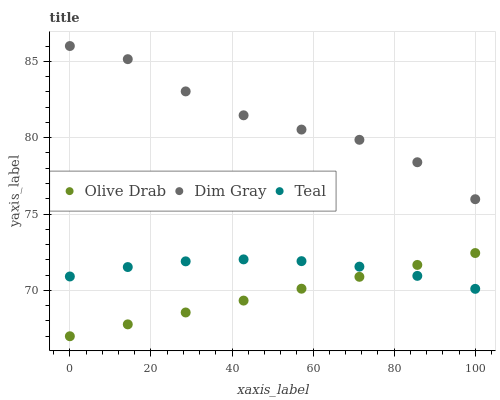
| xaxis_label | Olive Drab | Dim Gray | Teal |
 | --- | --- | --- | --- |
 | 0 | 67 | 86 | 70.9 |
 | 14.3 | 67.8 | 85.1 | 71.5 |
 | 28.6 | 68.6 | 83 | 71.9 |
 | 42.9 | 69.3 | 81.5 | 72 |
 | 57.1 | 70.1 | 80.5 | 71.9 |
 | 71.4 | 70.9 | 79.9 | 71.6 |
 | 85.7 | 71.7 | 78.4 | 71 |
 | 100 | 72.4 | 76 | 70.1 |